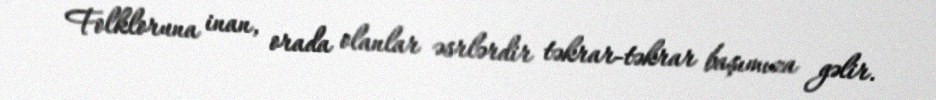
Folkloruna inan, orada olanlar əsrlərdir təkrar-təkrar başımıza gəlir.